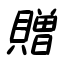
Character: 贈